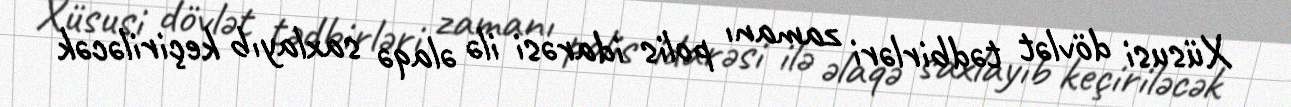
Xüsusi dövlət tədbirləri zamanı polis idarəsi ilə əlaqə saxlayıb keçiriləcək